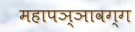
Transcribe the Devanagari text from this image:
महापञ्ञावग्ग